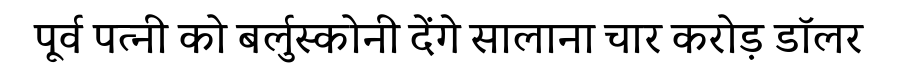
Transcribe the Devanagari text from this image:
पूर्व पत्नी को बर्लुस्कोनी देंगे सालाना चार करोड़ डॉलर